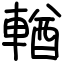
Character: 輶